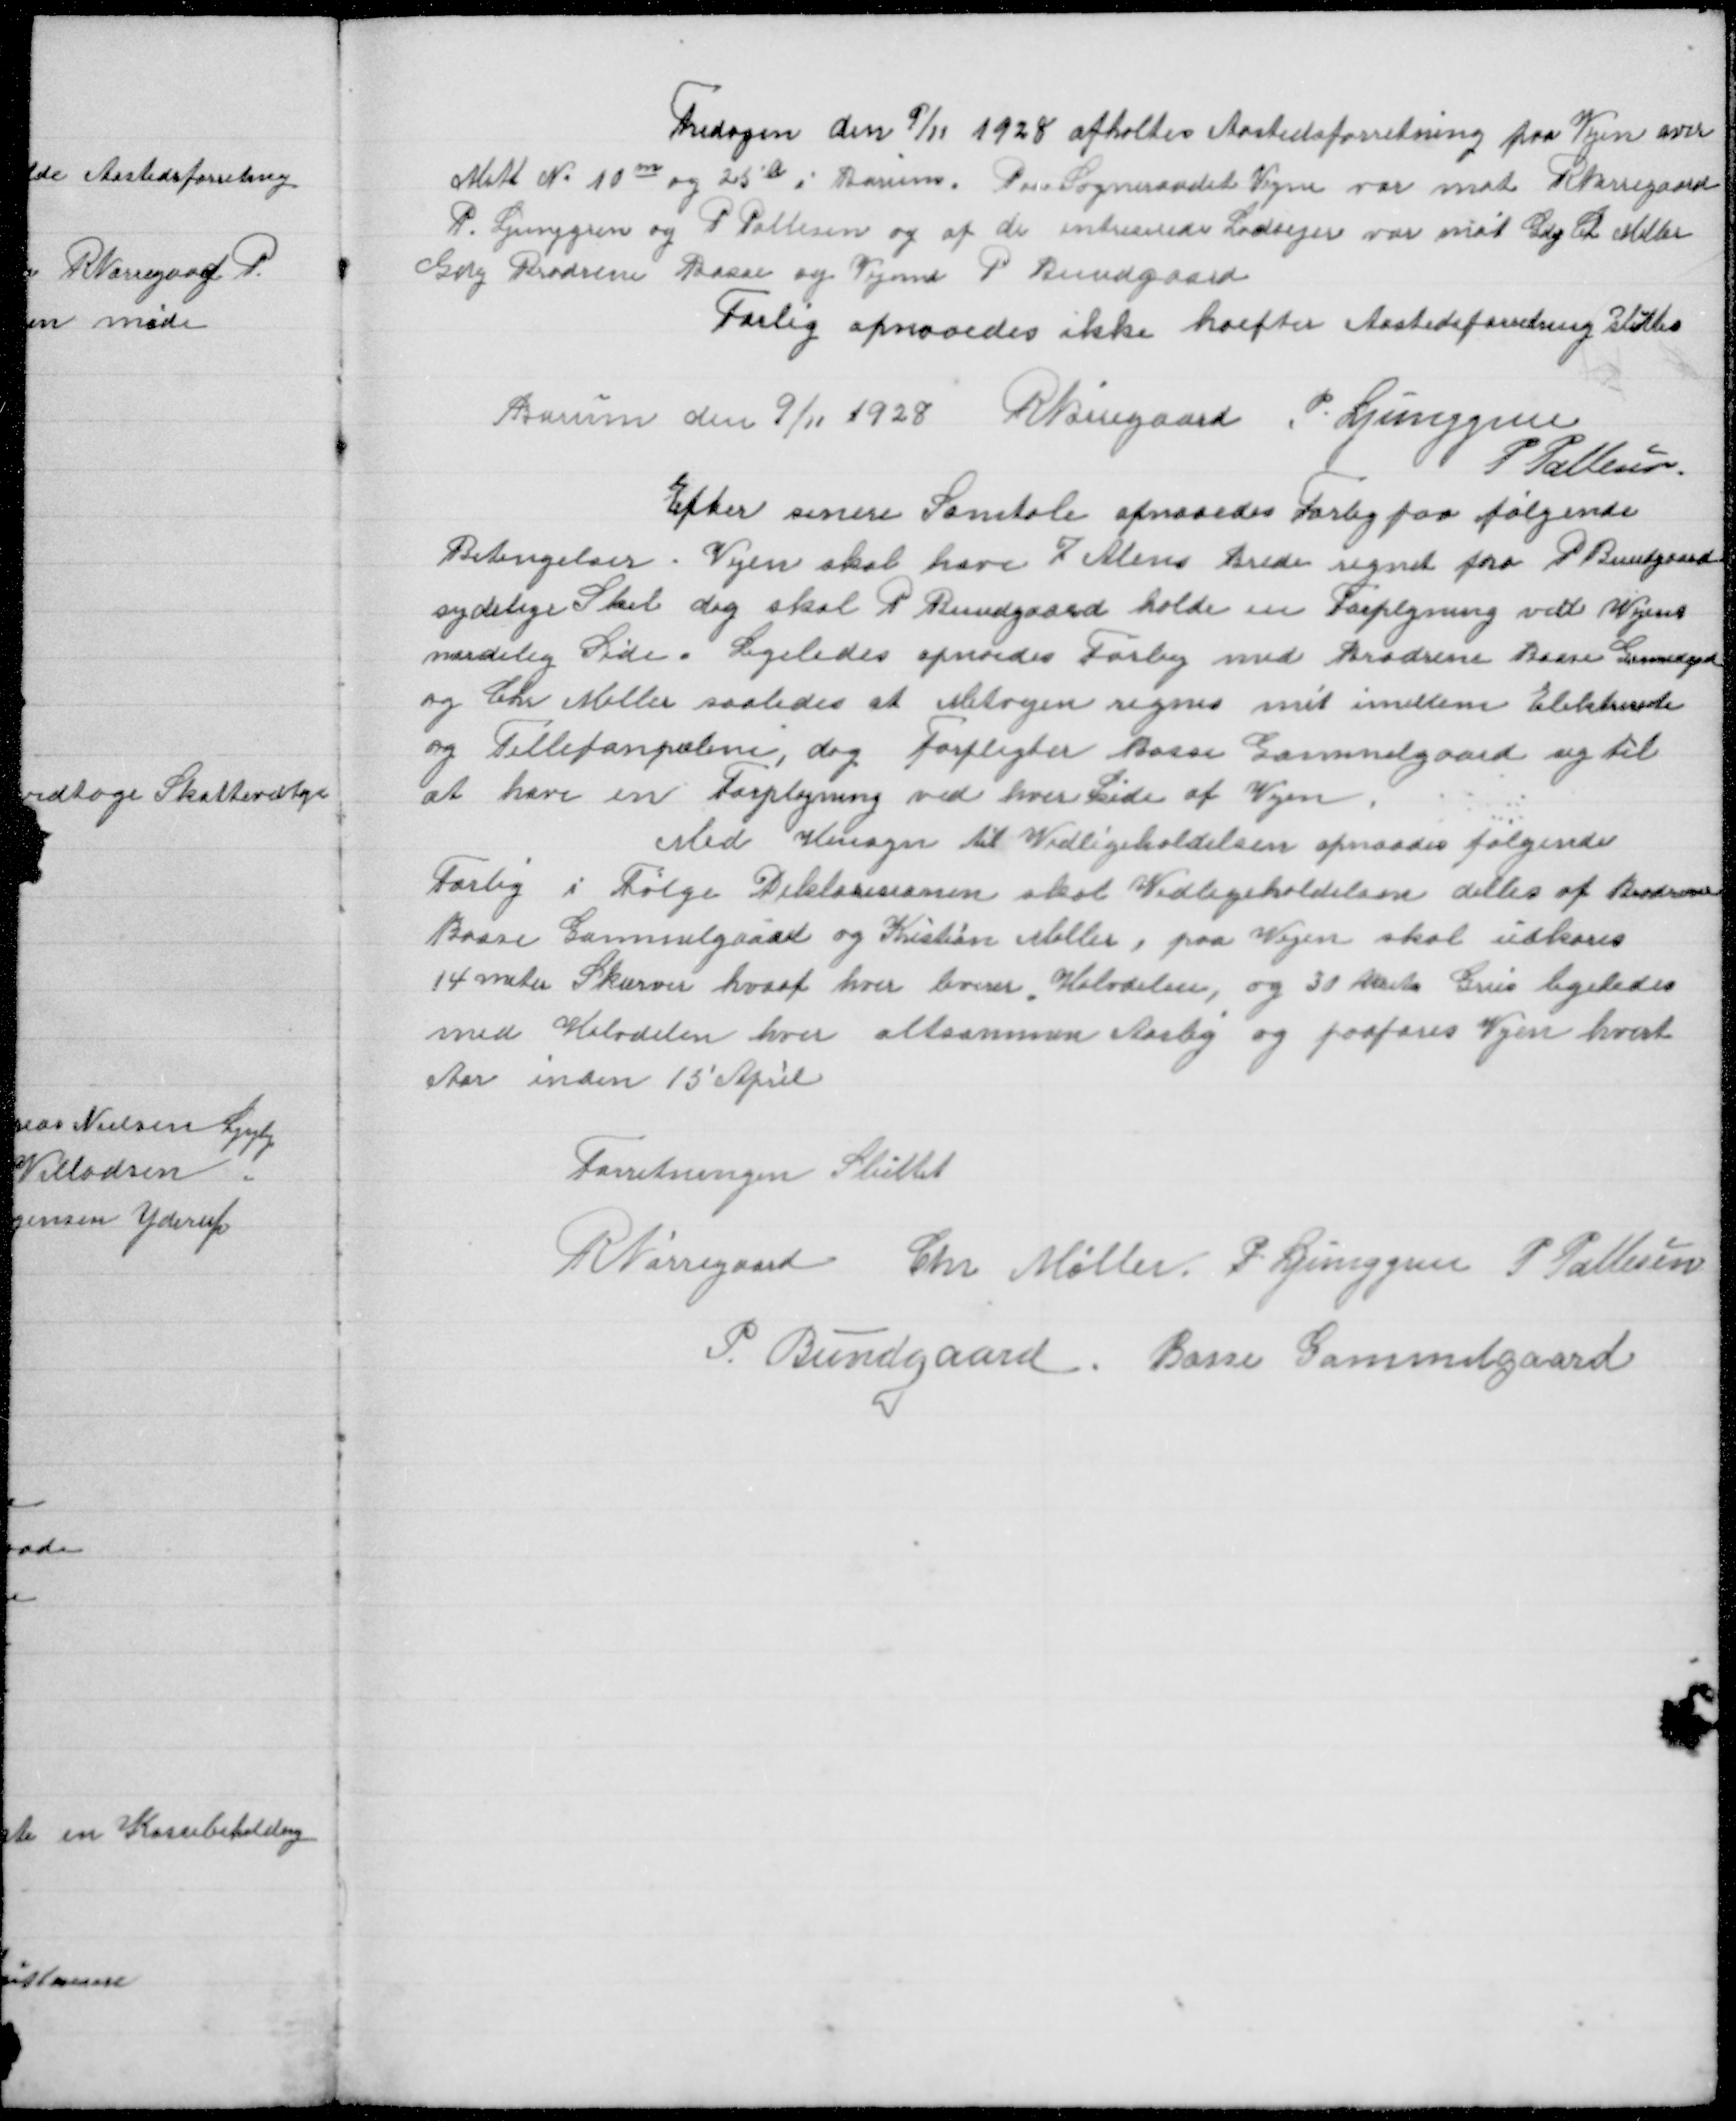
Transskription:
Fredagen den 9/11 1928 afholtes Aastedsforretning paa Vejen over
Matl No 10 m og 25 a i Borum. Paa Sogneraadet Vegne var møt R Nørregaard
P. Ljunggren og P Pallesen og af de intreserede Lodsejere var møt Gdej Ch Møller
Gdej Brødrene Basse og Vejmand P Bundgaard
Forlig opnaaedes ikke hoefter Aastedsforretning sluttes
Borum den 9/11 1928 R Nørregaard P. Ljunggren
P Pallesen

Efter senere Samtale opnaaedes Forlig paa følgende
Betingelser. Vejen skal have 7 Alen Brede regnet fra P Bundgaard
sydelige Skel dog skal P Bundgaard holde en Forpløjning ved Vejens
nordlige Side. Ligeledes opnaedes Forlig med Brødrene Basse Gammelgaard
og Chr Møller saaledes at Mitvejen regnes mit imellem Elektri
og Tellefonpælene, dog forpligter Basse Gammelgaard sig til
at have en Forpløjning ved hver Side af Vejen
Med Hensyn til Vedligeholdelsen opnaaedes følgende
Forlig i Følge Deklarisionen skal Vedligeholdelsen delles af Brødrene
Basse Gammelgaard og Kristian Møller, paa Vejen skal udkøres
14 meter Skærver hvoraf hver leverer Halvdelen, og 30 Meter Grus ligeledes
med Halvdelen hver altsammen Aarlig og paaføres Vejen hvert
Aar inden 15 April

Forretningen Sluttet
R Nørregaard Chr Møller P. Ljunggren P Pallesen
P. Bundgaard. Basse Gammelgaard